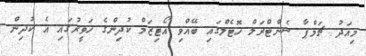
މިއަދު ޗަމްޕާ ސެންޓްރަލް ހޮޓެލްގައި ބޭއްވި އޯޓިޒަމް ކުދިންގެ ހަވީރުގައި އެ ކުދިން